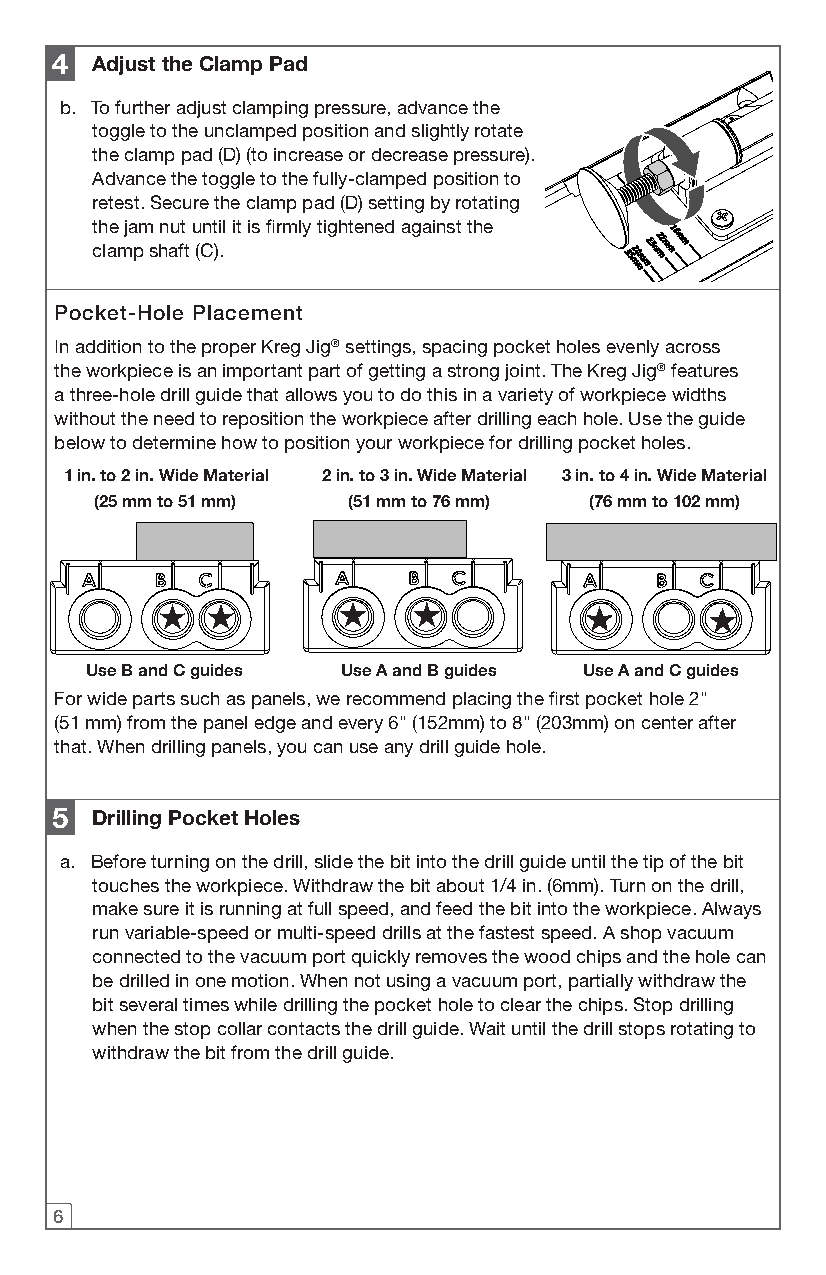
4  Adjust the Clamp Pad
 b. To further adjust clamping pressure, advance the
 toggle to the unclamped position and slightly rotate
 the clamp pad (D) (to increase or decrease pressure).
 Advance the toggle to the fully-clamped position to
 retest. Secure the clamp pad (D) setting by rotating
 the jam nut until it is firmly tightened against the
 clamp shaft (C).
 Pocket-Hole Placement
 In addition to the proper Kreg Jig® settings, spacing pocket holes evenly across
 the workpiece is an important part of getting a strong joint. The Kreg Jig® features
 a three-hole drill guide that allows you to do this in a variety of workpiece widths
 without the need to reposition the workpiece after drilling each hole. Use the guide
 below to determine how to position your workpiece for drilling pocket holes.
 1 in. to 2 in. Wide Material 2 in. to 3 in. Wide Material 3 in. to 4 in. Wide Material
 (25 mm to 51 mm) (51 mm to 76 mm) (76 mm to 102 mm)
 Use B and C guides Use A and B guides Use A and C guides
 For wide parts such as panels, we recommend placing the first pocket hole 2"
 (51 mm) from the panel edge and every 6" (152mm) to 8" (203mm) on center after
 that. When drilling panels, you can use any drill guide hole.
 5  Drilling Pocket Holes
 a. Before turning on the drill, slide the bit into the drill guide until the tip of the bit
 touches the workpiece. Withdraw the bit about 1/4 in. (6mm). Turn on the drill,
 make sure it is running at full speed, and feed the bit into the workpiece. Always
 run variable-speed or multi-speed drills at the fastest speed. A shop vacuum
 connected to the vacuum port quickly removes the wood chips and the hole can
 be drilled in one motion. When not using a vacuum port, partially withdraw the
 bit several times while drilling the pocket hole to clear the chips. Stop drilling
 when the stop collar contacts the drill guide. Wait until the drill stops rotating to
 withdraw the bit from the drill guide.
 6